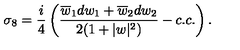
\sigma _ { 8 } = { \frac { i } { 4 } } \left( { \frac { \overline { { w } } _ { 1 } d w _ { 1 } + \overline { { w } } _ { 2 } d w _ { 2 } } { 2 ( 1 + | w | ^ { 2 } ) } } - c . c . \right) .